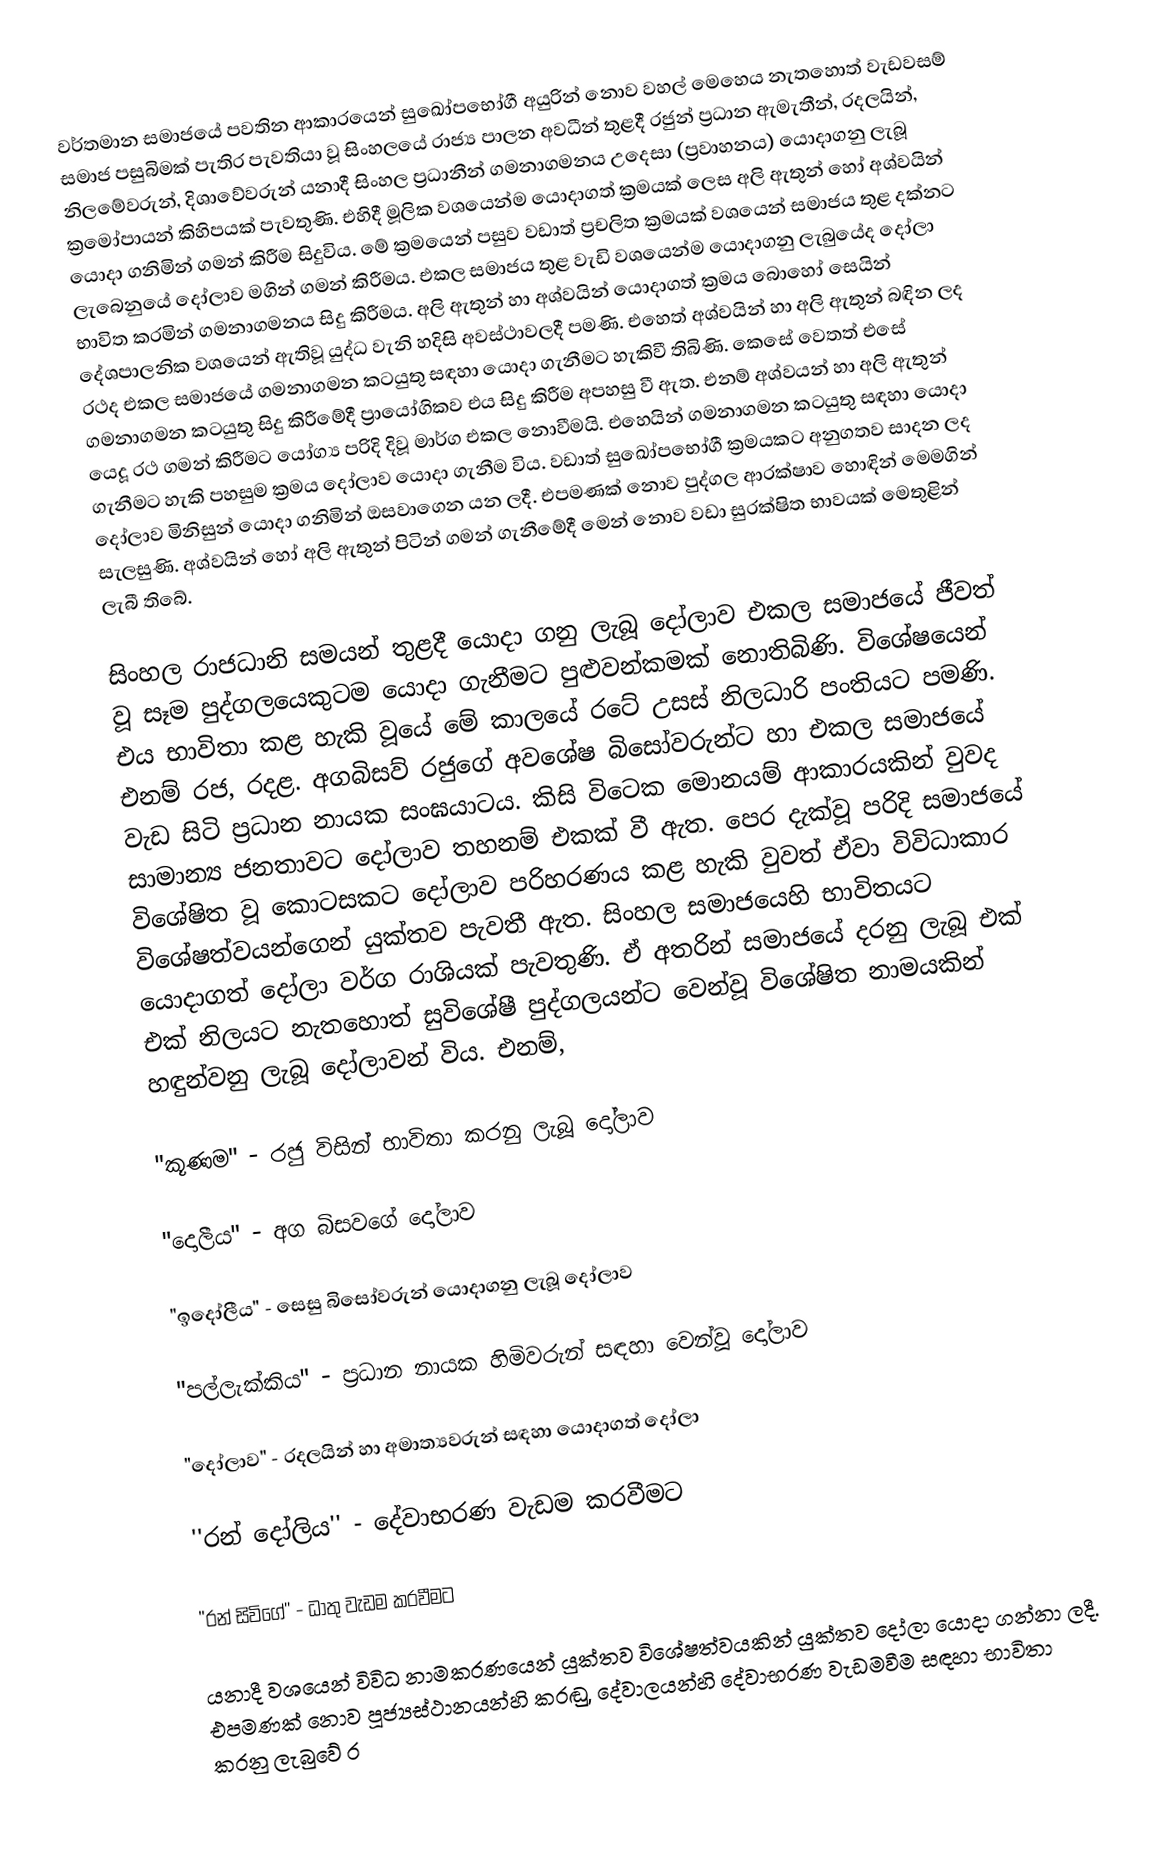
වර්තමාන සමාජයේ පවතින ආකාරයෙන් සුඛෝපභෝගී අයුරින් නොව වහල් මෙහෙය නැතහොත් වැඩවසම් සමාජ පසුබිමක්‌ පැතිර පැවතියා වූ සිංහලයේ රාජ්‍ය පාලන අවධීන් තුළදී රජුන් ප්‍රධාන ඇමැතීන්, රදලයින්, නිලමේවරුන්, දිශාවේවරුන් යනාදී සිංහල ප්‍රධානීන් ගමනාගමනය උදෙසා (ප්‍රවාහනය) යොදාගනු ලැබූ ක්‍රමෝපායන් කිහිපයක්‌ පැවතුණි. එහිදී මූලික වශයෙන්ම යොදාගත් ක්‍රමයක්‌ ලෙස අලි ඇතුන් හෝ අශ්වයින් යොදා ගනිමින් ගමන් කිරීම සිදුවිය. මේ ක්‍රමයෙන් පසුව වඩාත් ප්‍රචලිත ක්‍රමයක්‌ වශයෙන් සමාජය තුළ දක්‌නට ලැබෙනුයේ දෝලාව මගින් ගමන් කිරීමය. එකල සමාජය තුළ වැඩි වශයෙන්ම යොදාගනු ලැබුයේද දෝලා භාවිත කරමින් ගමනාගමනය සිදු කිරීමය. අලි ඇතුන් හා අශ්වයින් යොදාගත් ක්‍රමය බොහෝ සෙයින් දේශපාලනික වශයෙන් ඇතිවූ යුද්ධ වැනි හදිසි අවස්‌ථාවලදී පමණි. එහෙත් අශ්වයින් හා අලි ඇතුන් බඳින ලද රථද එකල සමාජයේ ගමනාගමන කටයුතු සඳහා යොදා ගැනීමට හැකිවී තිබිණි. කෙසේ වෙතත් එසේ ගමනාගමන කටයුතු සිදු කිරීමේදී ප්‍රායෝගිකව එය සිදු කිරීම අපහසු වී ඇත. එනම් අශ්වයන් හා අලි ඇතුන් යෙදූ රථ ගමන් කිරීමට යෝග්‍ය පරිදි දිවූ මාර්ග එකල නොවීමයි. එහෙයින් ගමනාගමන කටයුතු සඳහා යොදා ගැනීමට හැකි පහසුම ක්‍රමය දෝලාව යොදා ගැනීම විය. වඩාත් සුඛෝපභෝගී ක්‍රමයකට අනුගතව සාදන ලද දෝලාව මිනිසුන් යොදා ගනිමින් ඔසවාගෙන යන ලදී. එපමණක්‌ නොව පුද්ගල ආරක්‌ෂාව හොඳින් මෙමගින් සැලසුණි. අශ්වයින් හෝ අලි ඇතුන් පිටින් ගමන් ගැනීමේදී මෙන් නොව වඩා සුරක්‌ෂිත භාවයක්‌ මෙතුළින් ලැබී තිබේ.

සිංහල රාජධානි සමයන් තුළදී යොදා ගනු ලැබූ දෝලාව එකල සමාජයේ ජීවත් වූ සෑම පුද්ගලයෙකුටම යොදා ගැනීමට පුළුවන්කමක්‌ නොතිබිණි. විශේෂයෙන් එය භාවිතා කළ හැකි වූයේ මේ කාලයේ රටේ උසස්‌ නිලධාරි පංතියට පමණි. එනම් රජ, රදළ. අගබිසව් රජුගේ අවශේෂ බිසෝවරුන්ට හා එකල සමාජයේ වැඩ සිටි ප්‍රධාන නායක සංඝයාටය. කිසි විටෙක මොනයම් ආකාරයකින් වුවද සාමාන්‍ය ජනතාවට දෝලාව තහනම් එකක්‌ වී ඇත. පෙර දැක්‌වූ පරිදි සමාජයේ විශේෂිත වූ කොටසකට දෝලාව පරිහරණය කළ හැකි වුවත් ඒවා විවිධාකාර විශේෂත්වයන්ගෙන් යුක්‌තව පැවතී ඇත. සිංහල සමාජයෙහි භාවිතයට යොදාගත් දෝලා වර්ග රාශියක්‌ පැවතුණි. ඒ අතරින් සමාජයේ දරනු ලැබූ එක්‌ එක්‌ නිලයට නැතහොත් සුවිශේෂී පුද්ගලයන්ට වෙන්වූ විශේෂිත නාමයකින් හඳුන්වනු ලැබූ දෝලාවන් විය. එනම්,

"කූණම"  -  රජු විසින් භාවිතා කරනු ලැබූ දෝලාව

"දොලීය"  -  අග බිසවගේ දෝලාව

"ඉදෝලීය"  -  සෙසු බිසෝවරුන් යොදාගනු ලැබූ දෝලාව

"පල්ලැක්‌කිය"  -  ප්‍රධාන නායක හිමිවරුන් සඳහා වෙන්වූ දෝලාව

"දෝලාව"  -  රදලයින් හා අමාත්‍යවරුන් සඳහා යොදාගත් දෝලා

''රන් දෝලිය''  -  දේවාභරණ වැඩම කරවීමට

''රන් සිවිගේ'' -  ධාතු වැඩම කරවීමට

යනාදී වශයෙන් විවිධ නාමකරණයෙන් යුක්‌තව විශේෂත්වයකින් යුක්‌තව දෝලා යොදා ගන්නා ලදී. එපමණක්‌ නොව පූජ්‍යස්‌ථානයන්හි කරඬු, දේවාලයන්හි දේවාභරණ වැඩමවීම සඳහා භාවිතා කරනු ලැබුවේ ර